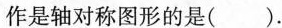
作是轴对称图形的是()。